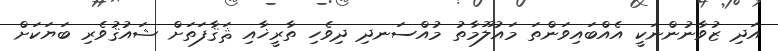
އަދި ޒުވާނުންނަކީ އެއްބައިވަންތަ މައުލޫމާތު މުއްސަނދި ދިވެހި ތާރީޚާއި ޘަޤާފަތަށް ޝައުޤުވެރި ބަޔަކަށް